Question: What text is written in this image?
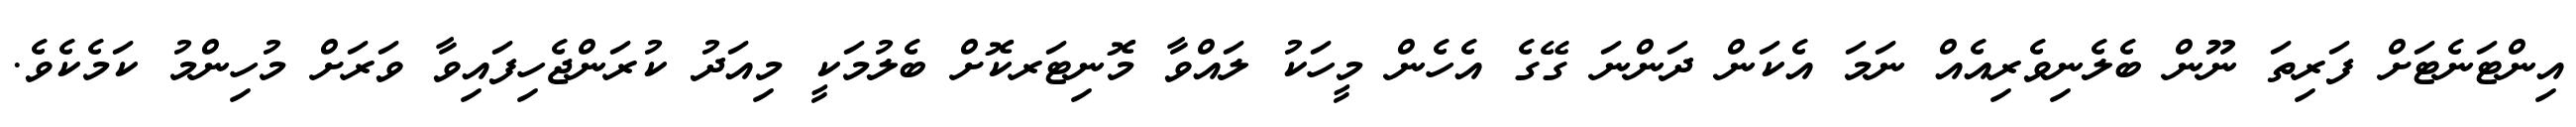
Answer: އިންޓަނެޓަށް ފަރިތަ ނޫން ބެލެނިވެރިއެއް ނަމަ އެކަން ދަންނަ ގޭގެ އެހެން މީހަކު ލައްވާ މޮނިޓަރކޮށް ބެލުމަކީ މިއަދު ކުރަންޖެހިފައިވާ ވަރަށް މުހިންމު ކަމެކެވެ.